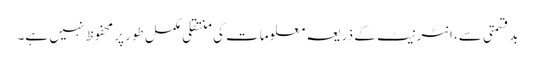
بدقسمتی سے، انٹرنیٹ کے ذریعہ معلومات کی منتقلی مکمل طور پر محفوظ نہیں ہے۔